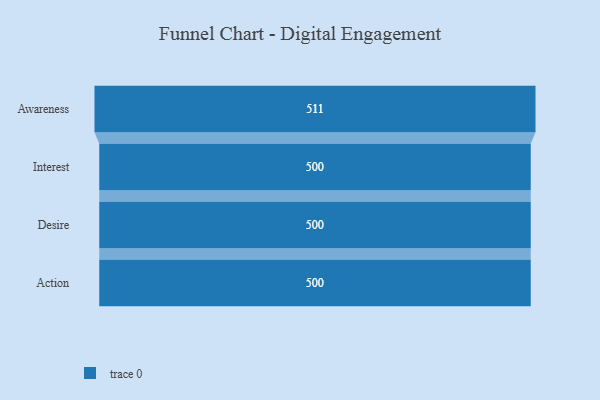
{"axis": {"x": "Stage", "y": "Value"}, "legend": [""], "data": [{"x": "Awareness", "y": 511.0, "type": ""}, {"x": "Interest", "y": 500, "type": ""}, {"x": "Desire", "y": 500, "type": ""}, {"x": "Action", "y": 500, "type": ""}]}